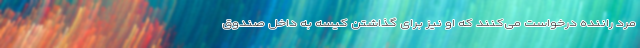
مرد راننده درخواست می‌کنند که او نیز برای گذاشتن کیسه به داخل صندوق